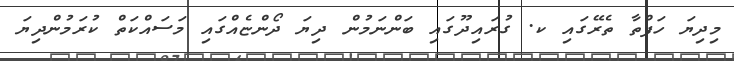
މިދިޔަ ހަފްތާ ތެރޭގައި ކ. ގުރައިދޫގައި ބަންނަމުން ދިޔަ ދޯންޏެއްގައި މަސައްކަތް ކުރަމުންދިޔަ